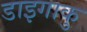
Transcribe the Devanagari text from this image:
डाइगाकु